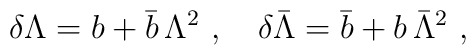
\delta \Lambda = b + \bar b\, \Lambda^2~, \quad \delta \bar\Lambda = \bar b + b \,\bar\Lambda^2~,